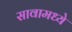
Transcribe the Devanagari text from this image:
सावामध्ये